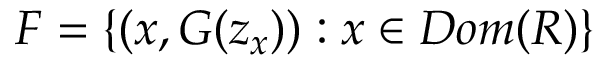
F = \{ ( x , G ( z _ { x } ) ) : x \in D o m ( R ) \}